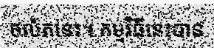
ចល័តនេះ។ កម្មវិធីនេះបាន